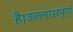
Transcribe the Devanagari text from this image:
है।उल्लासपूर्ण